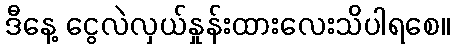
ဒီနေ့ ငွေလဲလှယ်နှုန်းထားလေးသိပါရစေ။